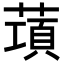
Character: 𦺣